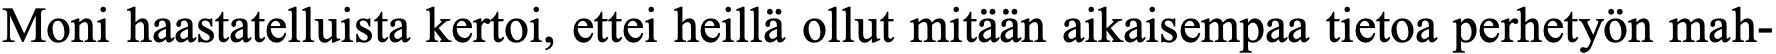
Moni haastatelluista kertoi, ettei heillä ollut mitään aikaisempaa tietoa perhetyön mah-